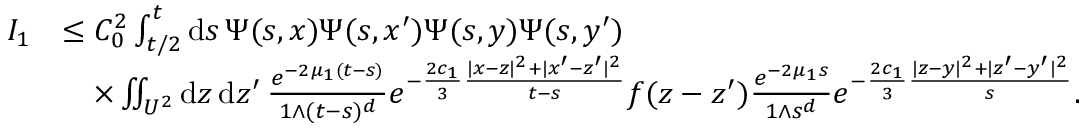
\begin{array} { r l } { I _ { 1 } } & { \le C _ { 0 } ^ { 2 } \int _ { t / 2 } ^ { t } \ensuremath { \mathrm { d } } s \, \Psi ( s , x ) \Psi ( s , x ^ { \prime } ) \Psi ( s , y ) \Psi ( s , y ^ { \prime } ) } \\ & { \quad \times \iint _ { U ^ { 2 } } \ensuremath { \mathrm { d } } z \, \ensuremath { \mathrm { d } } z ^ { \prime } \, \frac { e ^ { - 2 \mu _ { 1 } ( t - s ) } } { 1 \wedge ( t - s ) ^ { d } } e ^ { - \frac { 2 c _ { 1 } } { 3 } \frac { | x - z | ^ { 2 } + | x ^ { \prime } - z ^ { \prime } | ^ { 2 } } { t - s } } f ( z - z ^ { \prime } ) \frac { e ^ { - 2 \mu _ { 1 } s } } { 1 \wedge s ^ { d } } e ^ { - \frac { 2 c _ { 1 } } { 3 } \frac { | z - y | ^ { 2 } + | z ^ { \prime } - y ^ { \prime } | ^ { 2 } } { s } } . } \end{array}